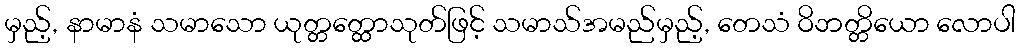
မှည့်, နာမာနံ သမာသော ယုတ္တတ္ထောသုတ်ဖြင့် သမာသ်အမည်မှည့်, တေသံ ဝိဘတ္တိယော လောပါ